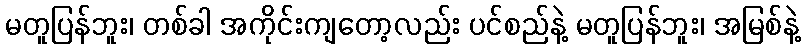
မတူပြန်ဘူး၊ တစ်ခါ အကိုင်းကျတော့လည်း ပင်စည်နဲ့ မတူပြန်ဘူး၊ အမြစ်နဲ့